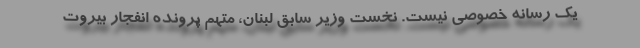
یک رسانه خصوصی نیست. نخست وزیر سابق لبنان، متهم پرونده انفجار بیروت